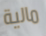
مالية